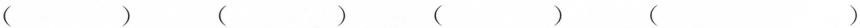
（） （） （） （）